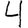
Digit: 4